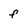
Character: f